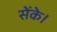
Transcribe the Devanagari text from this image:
सेंके।